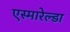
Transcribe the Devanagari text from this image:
एस्मारेल्डा